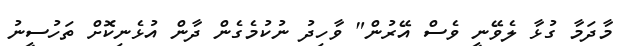
މާދަމާ ގުޅާ ލެވޭނީ ވެސް އޭރުން" ވާހިދު ނުކުމެގެން ދާން އުޅެނިކޮށް ތަހުސީނު